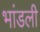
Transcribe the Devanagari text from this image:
भांडली